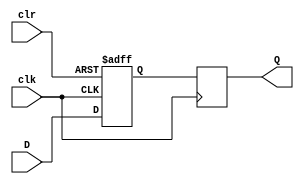
module d_ff_async_clear (
    input D,
    input clk,
    input clr,
    output reg Q
);

reg d_latch_out;
reg q_latch_out;

always @ (posedge clk or posedge clr)
begin
    if (clr)
        d_latch_out <= 1'b0;
    else
        d_latch_out <= D;
end

always @ (posedge clk)
begin
    q_latch_out <= d_latch_out;
end

assign Q = q_latch_out;

endmodule